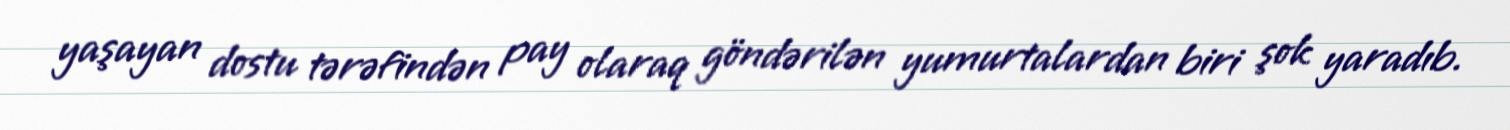
yaşayan dostu tərəfindən pay olaraq göndərilən yumurtalardan biri şok yaradıb.